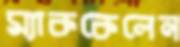
ম্যাককেলেন